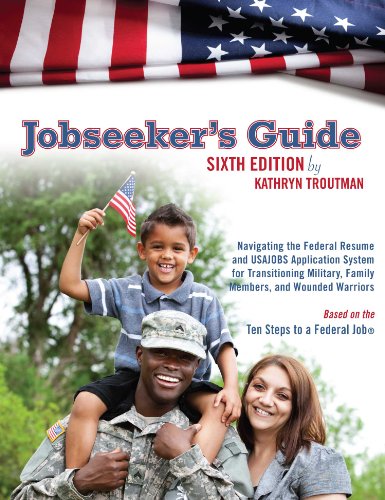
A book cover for Jobseeker's Guide: Navigating the Federal Resume and USAJOBS Application System for Transitioning Military, Family Members, and Wounded Warriors; Kathryn Troutman; Business & Money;